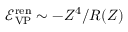
\mathcal { E _ { \mathrm { V P } } } ^ { \mathrm { r e n } } \sim - Z ^ { 4 } / R ( Z )